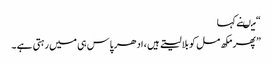
“ میںنے کہا
” پھر مکھ مل کو بلا لیتے ہیں ، ادھر پاس ہی میں رہتی ہے ۔